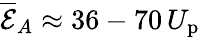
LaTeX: \overline{{\mathcal{E}}}_{A}\approx 36-70\, U_{\mathrm{p}}